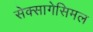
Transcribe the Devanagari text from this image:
सेक्सागेसिमल